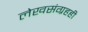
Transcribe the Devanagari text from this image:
लेखसंग्रहही